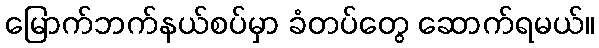
မြောက်ဘက်နယ်စပ်မှာ ခံတပ်တွေ ဆောက်ရမယ်။